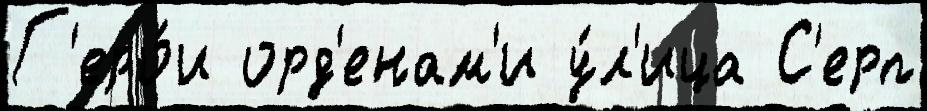
Г'еро́и орд'енам'и у́л'ица С'ерп